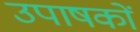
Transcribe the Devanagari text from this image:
उपाषकों